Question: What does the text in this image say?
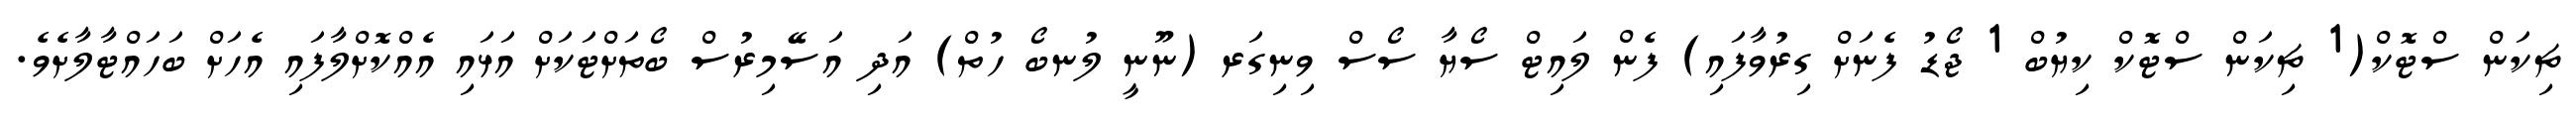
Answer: ޗިކަން ސްޓޮކް(1 ޗިކަން ސްޓޮކް ކިޔުބް 1 ޖޯޑު ފެނަށް ގިރުވާފައި) ފެން ލައިޓް ސޯޔާ ސޯސް ވިނިގަރ (ނޫނީ ލުނބޯ ހުތް) އަދި އަސޭމިރުސް ބޯތަށްޓަކަށް އަޅައި އެއްކޮށްލާފައި އެހަށް ބަހައްޓާލާށެވެ.